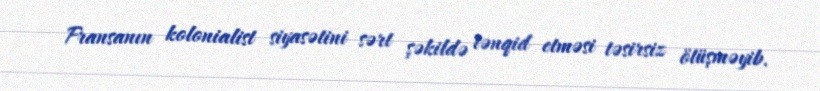
Fransanın kolonialist siyasətini sərt şəkildə tənqid etməsi təsirsiz ötüşməyib.